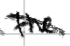
Text: the
Cross-out: diagonal
Writing tool: digital_black